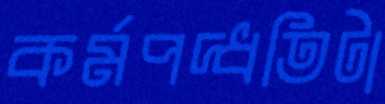
কর্মপদ্ধতিটা